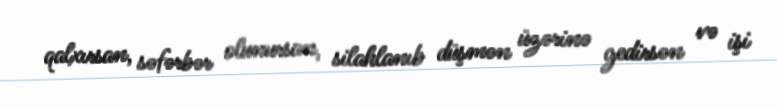
qalxırsan, səfərbər olunursan, silahlanıb düşmən üzərinə gedirsən və işi